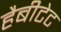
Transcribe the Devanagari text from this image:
हैबीटेट